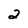
Character: 2